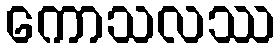
ကောသလဿ